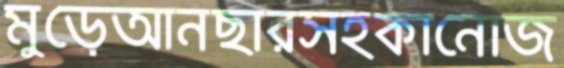
মুড়েআনছারসহকানোজ